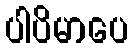
ပါပိမာပေ